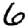
Digit: 6